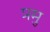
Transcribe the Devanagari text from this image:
प्रमु